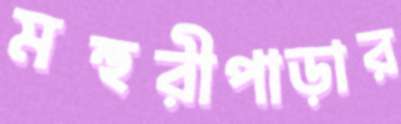
মহুরীপাড়ার